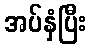
အပ်နှံပြီး